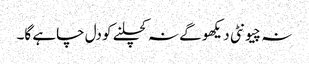
نہ چیونٹی دیکھو گے نہ کچلنے کو دل چاہے گا۔